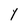
Character: Y